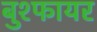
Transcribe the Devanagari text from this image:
बुश्फायर